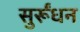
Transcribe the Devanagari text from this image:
सुर्रूंधन